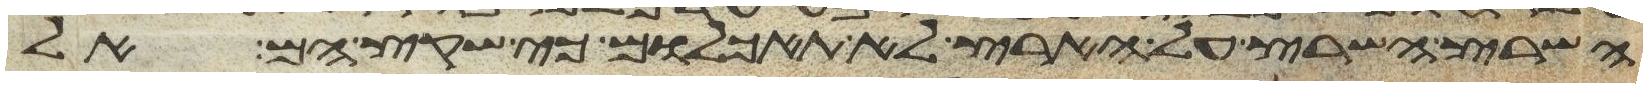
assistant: השרץ השרץ על הארץ לא תאכלום כי שקץ הם אל